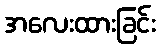
အလေးထားခြင်း